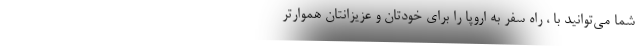
شما می‌توانید با ، راه سفر به اروپا را برای خودتان و عزیزانتان هموارتر